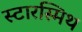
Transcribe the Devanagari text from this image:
स्टारस्मिथ